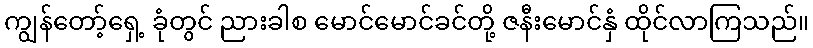
ကျွန်တော့်ရှေ့ ခုံတွင် ညားခါစ မောင်မောင်ခင်တို့ ဇနီးမောင်နှံ ထိုင်လာကြသည်။